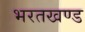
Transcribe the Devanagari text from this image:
भरतखण्ड